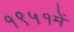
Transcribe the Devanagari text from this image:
१९५१में